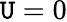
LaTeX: \mathtt{U}=0